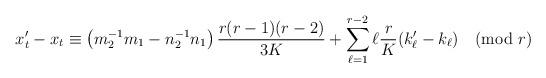
LaTeX: \begin{align*}\begin{aligned}x_t'-x_t\equiv\left(m_2^{-1}m_1-n_2^{-1}n_1\right)\frac{r(r-1)(r-2)}{3K} +\sum_{\ell=1}^{r-2}\ell\frac{r}{K}(k_\ell'-k_\ell) \pmod{r}\end{aligned}\end{align*}